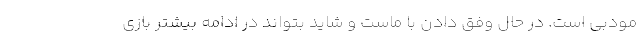
مودبی است. در حال وفق دادن با ماست و شاید بتواند در ادامه بیشتر بازی